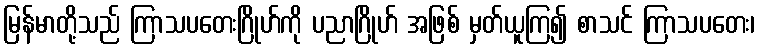
မြန်မာတို့သည် ကြာသပတေးဂြိုဟ်ကို ပညာဂြိုဟ် အဖြစ် မှတ်ယူကြ၍ စာသင် ကြာသပတေး၊